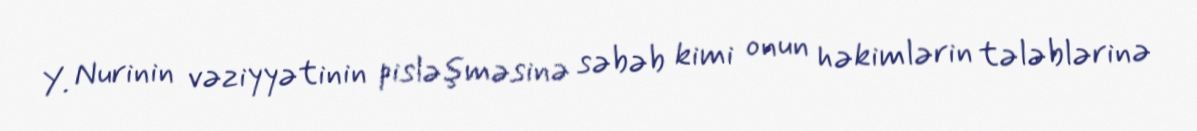
Y. Nurinin vəziyyətinin pisləşməsinə səbəb kimi onun həkimlərin tələblərinə